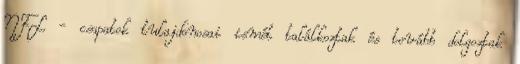
NFL - csapatok tulajdonosai ismét találkoztak és tovább dolgoztak